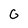
Character: G